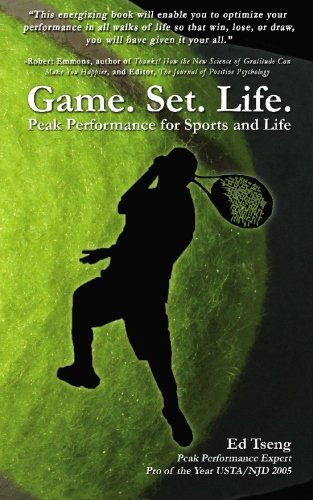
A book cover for Game. Set. Life. - Peak Performance for Sports and Life; Edward Tseng; Sports & Outdoors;